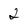
Character: 2